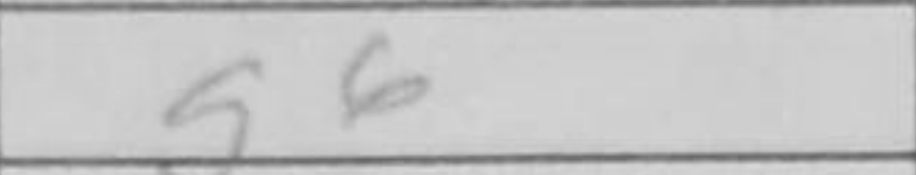
Transcription: g6